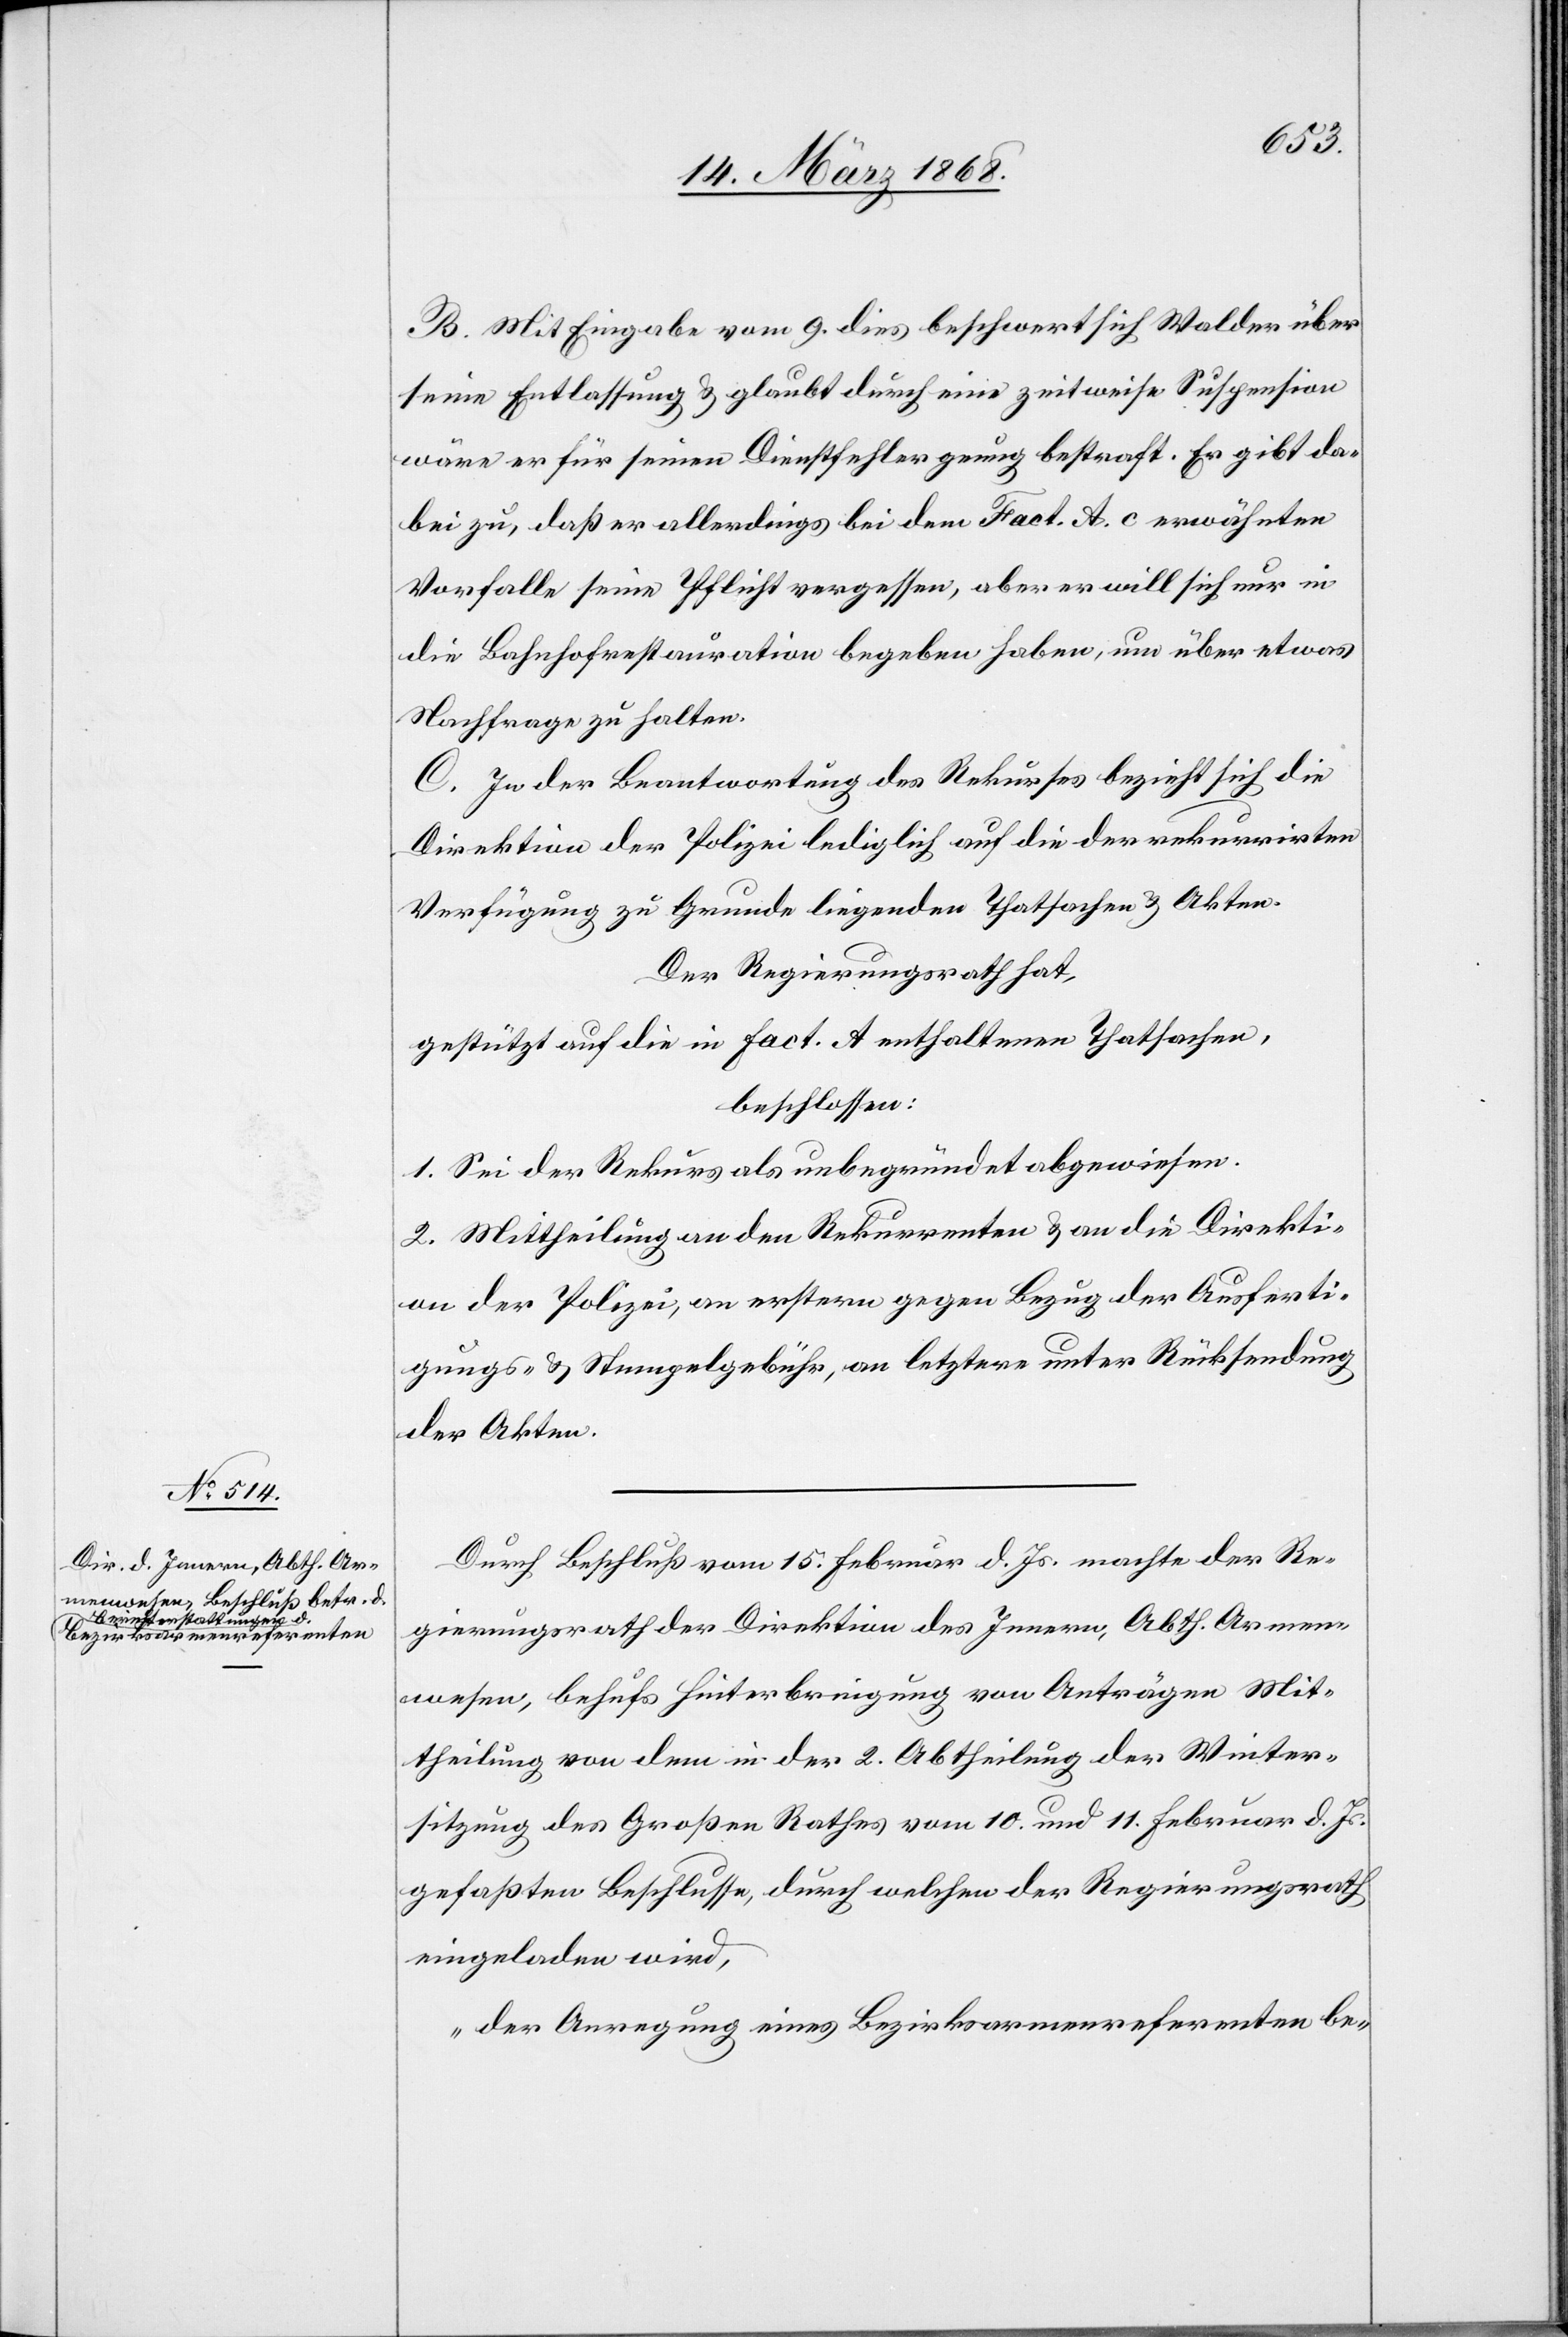
B. Mit Eingabe vom 9. dies beschwert sich Walder über
seine Entlassung & glaubt durch eine zeitweise Suspension
wäre er für seinen Dienstfehler genug bestraft. Er gibt da¬
bei zu, daß er allerdings bei dem Fact. A, c erwähnten
Vorfalle seine Pflicht vergessen, aber er will sich nur in
die Bahnhofrestauration begeben haben, um über etwas
Nachfrage zu halten.
C. In der Beantwortung des Rekurses bezieht sich die
Direktion der Polizei lediglich auf die der rekurrirten
Verfügung zu Grunde liegenden Thatsachen & Akten.
Der Regierungsrath hat,
gestützt auf die in Fact. A enthaltenen Thatsachen,
beschlossen:
1. Sei der Rekurs als unbegründet abgewiesen.
2. Mittheilung an den Rekurrenten & an die Direkti¬
on der Polizei, an erstern gegen Bezug der Ausferti¬
gungs- & Stempelgebühr, an letztere unter Rücksendung
der Akten.
Durch Beschluß vom 15. Februar d. Js. machte der Re¬
gierungsrath der Direktion des Innern, Abth. Armen¬
wesen, behufs Hinterbringung von Anträgen Mit¬
theilung von dem in der 2. Abtheilung der Winter¬
sitzung des Großen Rathes vom 10. und 11. Februar d. Js.
gefaßten Beschlusse, durch welchen der Regierungsrath
eingeladen wird,
„der Anregung eines Bezirksarmenreferenten be-